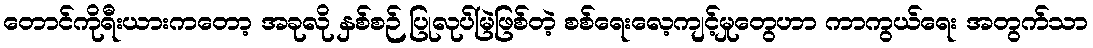
တောင်ကိုရီးယားကတော့ အခုလို နှစ်စဉ် ပြုလုပ်မြဲဖြစ်တဲ့ စစ်ရေးလေ့ကျင့်မှုတွေဟာ ကာကွယ်ရေး အတွက်သာ